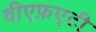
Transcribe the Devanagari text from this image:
वीएफ़एटी